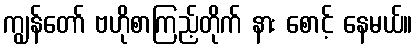
ကျွန်တော် ဗဟိုစာကြည့်တိုက် နား စောင့် နေမယ်။